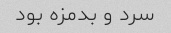
سرد و بدمزه بود